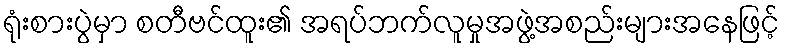
ရုံးစားပွဲမှာ စတီဗင်ထူး၏ အရပ်ဘက်လူမှုအဖွဲ့အစည်းများအနေဖြင့်